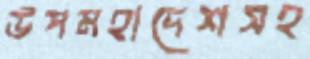
উপমহাদেশসহ